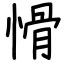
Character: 愲